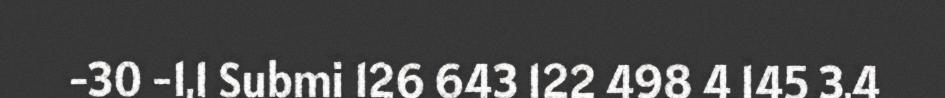
-30 -1,1 Submi 126 643 122 498 4 145 3,4